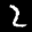
Label: 2